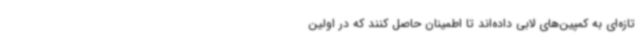
تازه‌ای به کمپین‌های لابی داده‌اند تا اطمینان حاصل کنند که در اولین